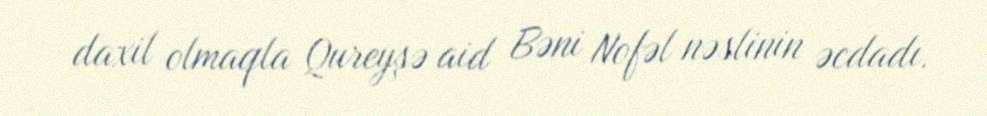
daxil olmaqla Qureyşə aid Bəni Nofəl nəslinin əcdadı.